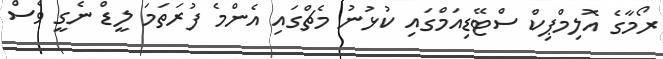
ރޯމާގެ އޮލިމްޕިކް ސްޓޭޑިއަމްގައި ކުޅުނު މެޗްގައި އެންމެ ފުރަތަމަ ލީޑް ނެގީ ވެސް